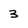
Character: 3